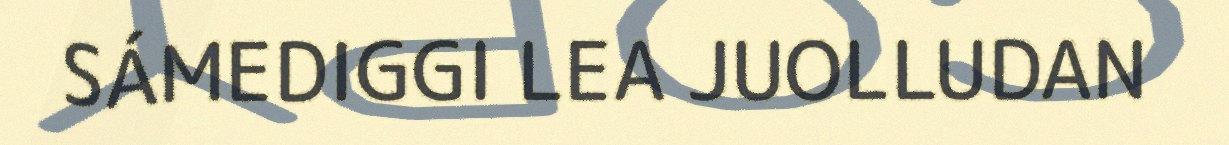
SÁMEDIGGI LEA JUOLLUDAN